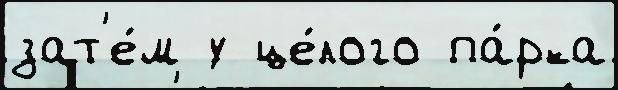
зат'е́м у це́лого па́рка